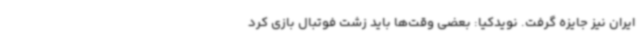
ایران نیز جایزه گرفت. نویدکیا: بعضی وقت‌ها باید زشت فوتبال بازی کرد